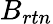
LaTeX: B_{rtn}